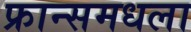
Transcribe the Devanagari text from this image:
फ्रान्समधला